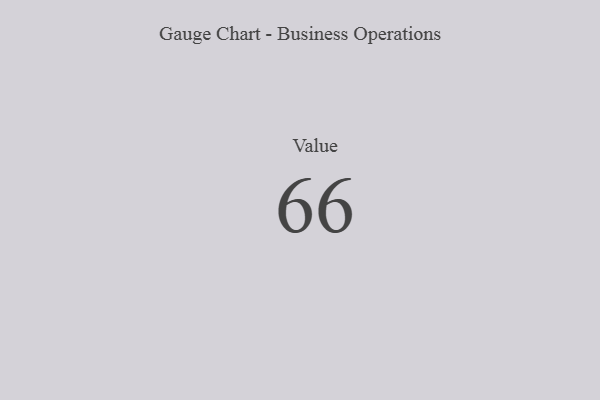
{"axis": {"x": "Metric", "y": "Value"}, "legend": [""], "data": [{"x": "Value", "y": 66, "type": ""}]}